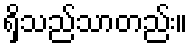
ရှိသည်သာတည်း။